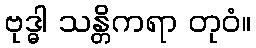
ဗုဒ္ဓါ သန္တိကရာ တုဝံ။